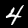
Label: 4